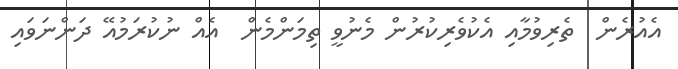
އެއުރެން  ތެރިވުމާއި އެކުވެރިކުރުން މެނުވީ ތިމަންމެން  އެއް ނުކުރަމުއޭ ދަންނަވައި